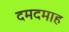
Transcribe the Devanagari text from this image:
दमदमाह